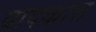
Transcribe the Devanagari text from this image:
पायकारा